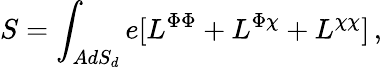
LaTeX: S=\int_{AdS_{d}}e[L^{\Phi\Phi}+L^{\Phi\chi}+L^{\chi\chi}]\, ,